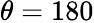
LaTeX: \theta=180